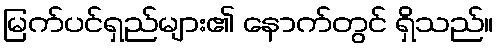
မြက်ပင်ရှည်များ၏ နောက်တွင် ရှိသည်။